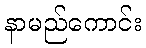
နာမည်ကောင်း